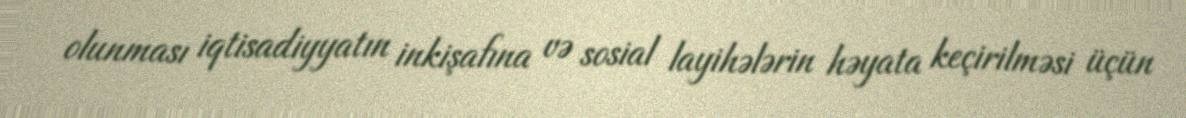
olunması iqtisadiyyatın inkişafına və sosial layihələrin həyata keçirilməsi üçün